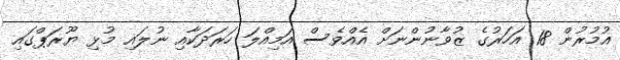
އުމުރުން 18 އަހަރުގެ ޒުވާނުންނަށް އެއްވެސް އަމިއްލަ ހަރަދަކާއި ނުލައި މުޅި ޔޫރަޕްގައި